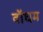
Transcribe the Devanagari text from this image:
वॉघम